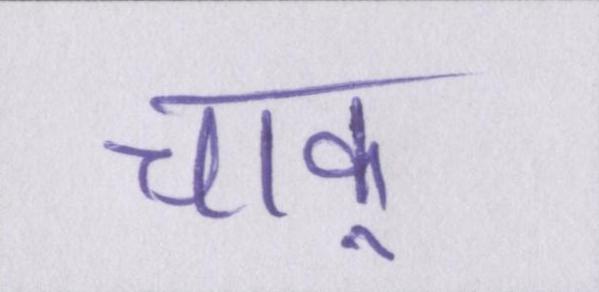
चाकू